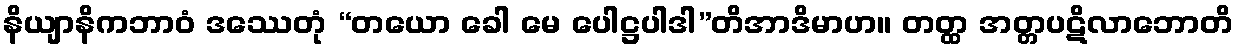
နိယျာနိကဘာဝံ ဒဿေတုံ “တယော ခေါ မေ ပေါဋ္ဌပါဒါ”တိအာဒိမာဟ။ တတ္ထ အတ္တပဋိလာဘောတိ